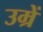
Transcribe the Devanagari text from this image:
उम्रें